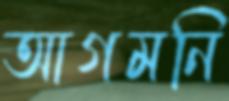
আগমনি